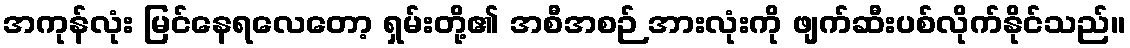
အကုန်လုံး မြင်နေရလေတော့ ရှမ်းတို့၏ အစီအစဉ် အားလုံးကို ဖျက်ဆီးပစ်လိုက်နိုင်သည်။